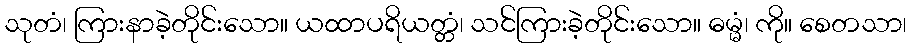
သုတံ၊ ကြားနာခဲ့တိုင်းသော။ ယထာပရိယတ္တံ၊ သင်ကြားခဲ့တိုင်းသော။ ဓမ္မံ၊ ကို။ စေတသာ၊